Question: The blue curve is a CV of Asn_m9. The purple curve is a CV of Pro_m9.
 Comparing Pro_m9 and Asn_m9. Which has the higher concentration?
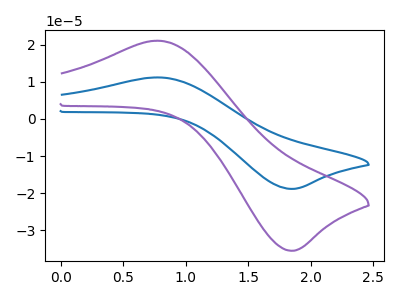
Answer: <think>The blue curve "Asn_m9" has an anodic peak at (0.75V, 11.20uA) and a cathodic peak at (1.85V, -18.85uA). The purple curve "Pro_m9" has an anodic peak at (0.75V, 21.05uA) and a cathodic peak at (1.85V, -35.45uA).
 All the peaks in "Pro_m9" have a peak in "Asn_m9" at the same potential. Every peak in "Pro_m9" is higher than every peak in "Asn_m9".</think>
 <answer>"Pro_m9" has more signal than "Asn_m9" and so likely has a higher concentration.</answer>
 <eval>more_concentration</eval>